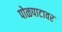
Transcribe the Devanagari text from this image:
पोळपाटावर